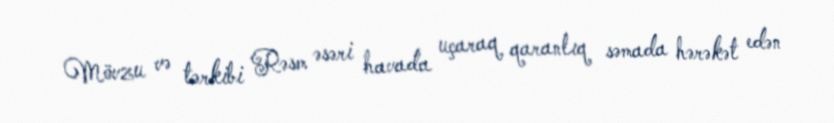
Mövzu və tərkibi Rəsm əsəri havada uçaraq qaranlıq səmada hərəkət edən